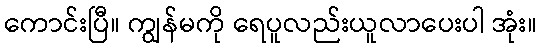
ကောင်းပြီ။ ကျွန်မကို ရေပူလည်းယူလာပေးပါ အုံး။